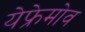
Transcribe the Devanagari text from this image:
येफ्रेमोव